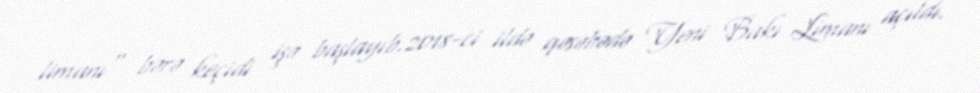
limanı" bərə keçidi işə başlayıb.2018-ci ildə qəsəbədə Yeni Bakı Limanı açıldı.